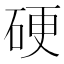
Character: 硬